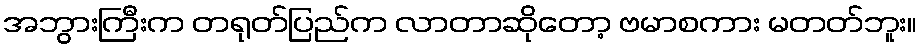
အဘွားကြီးက တရုတ်ပြည်က လာတာဆိုတော့ ဗမာစကား မတတ်ဘူး။